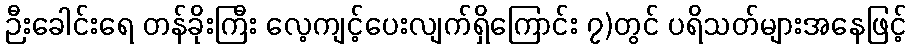
ဉီးခေါင်းရေ တန်ခိုးကြီး လေ့ကျင့်ပေးလျက်ရှိကြောင်း ၇)တွင် ပရိသတ်များအနေဖြင့်